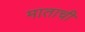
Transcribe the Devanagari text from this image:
माताची